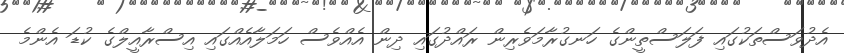
އެދުވަސްތަކުގައި ފަލަސްތީންގެ ހަނގުރާމަވެރިން ރައްދުގައި ދިން އެއްވެސް ހަމަލާއެއްގައި އިސްރާއީލްގެ ކުޑަ އެންމެ